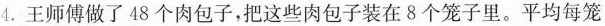
4. 王师傅做了 48 个肉包子，把这些肉包子装在 8 个笼子里。平均每笼